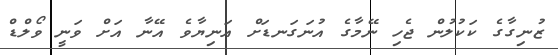
ޒުނިގާގެ ކަކުލުން ޖެހި ނޭމާގެ އުނަގަނޑަށް އަނިޔާވެ އޭނާ އަށް ވަނީ ވޯލްޑް